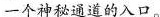
一个神秘道的入口